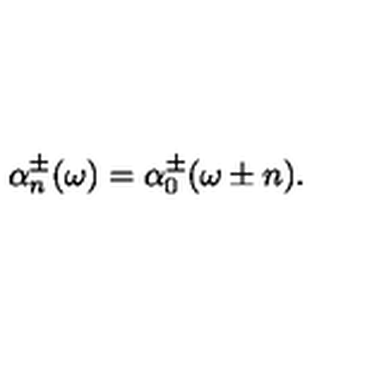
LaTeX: \alpha _ { n } ^ { \pm } ( \omega ) = \alpha _ { 0 } ^ { \pm } ( \omega \pm n ) .